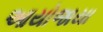
આયોજાયા